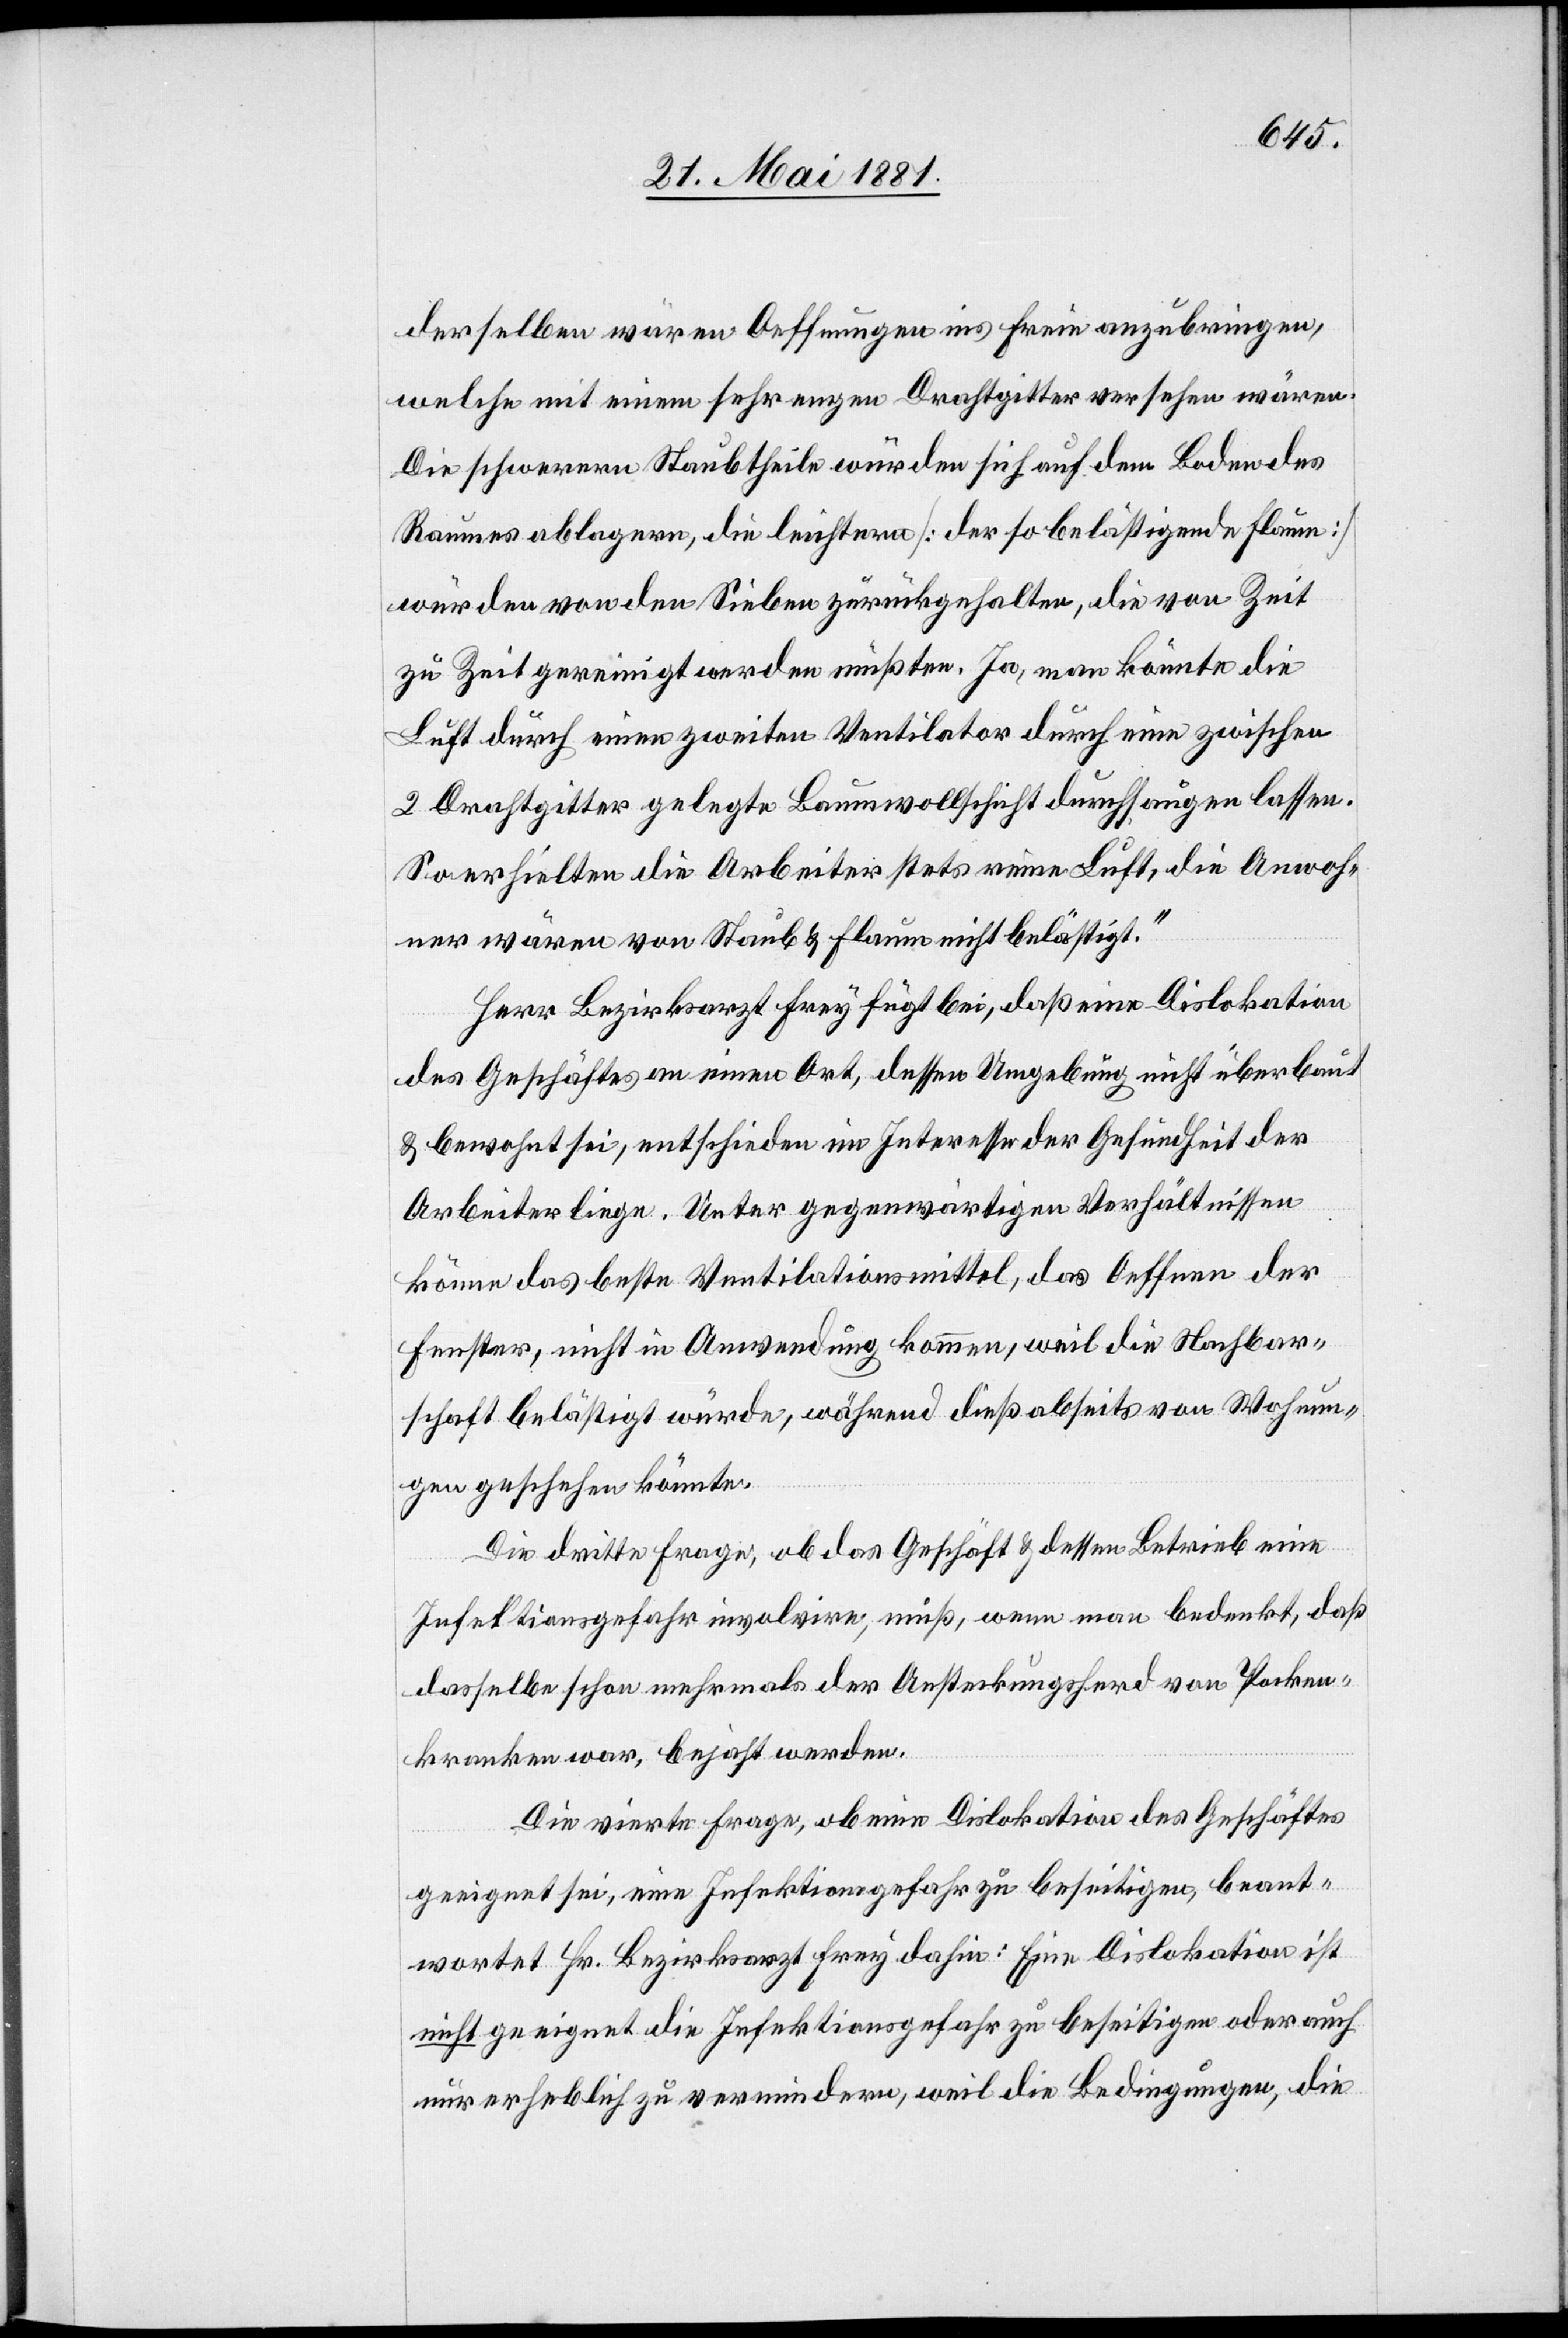
derselben wären Oeffnungen ins Freie anzubringen,
welche mit einem sehr engen Drahtgitter versehen wären.
Die schwereren Staubtheile würden sich auf dem Boden des
Raumes ablagern, die leichtern [der so belästigende Flaum]
würden von den Sieben zurückgehalten, die von Zeit
zu Zeit gereinigt werden müßten. Ja, man könnte die
Luft durch einen zweiten Ventilator durch eine zwischen
2 Drahtgitter gelegte Baumwollschicht durchsaugen lassen.
So erhielten die Arbeiter stets reine Luft, die Anwoh¬
ner wären von Staub & Flaum nicht belästigt.“
Herr Bezirksarzt Frey fügt bei, daß eine Dislokation
des Geschäftes an einen Ort, dessen Umgebung nicht überbaut
& bewohnt sei, entschieden im Interesse der Gesundheit der
Arbeiter liege. Unter gegenwärtigen Verhältnissen
könne das beste Ventilationsmittel, das Oeffnen der
Fenster, nicht in Anwendung kommen, weil die Nachbar¬
schaft belästigt würde, während dieß abseits von Wohnun¬
gen geschehen könnte.
Die dritte Frage, ob das Geschäft & dessen Betrieb eine
Infektionsgefahr involvire, muß, wenn man bedenkt, daß
dasselbe schon mehrmals der Ansteckungsherd von Pocken¬
kranken war, bejaht werden.
Die vierte Frage, ob eine Dislokation des Geschäftes
geeignet sei, eine Infektionsgefahr zu beseitigen, beant¬
wortet Hr. Bezirksarzt Frey dahin: Eine Dislokation ist
nicht geeignet die Infektionsgefahr zu beseitigen oder auch
nur erheblich zu vermindern, weil die Bedingungen, die